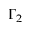
\Gamma _ { 2 }